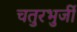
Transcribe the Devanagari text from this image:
चतुरभुर्जी